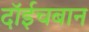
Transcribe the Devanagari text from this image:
दॉईचबान